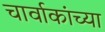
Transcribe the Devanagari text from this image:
चार्वाकांच्या